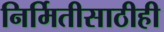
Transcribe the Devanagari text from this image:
निर्मितीसाठीही